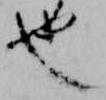
也